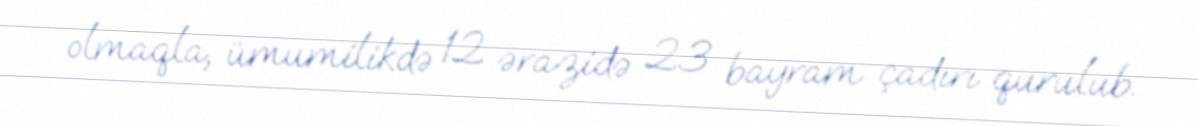
olmaqla, ümumilikdə 12 ərazidə 23 bayram çadırı qurulub.